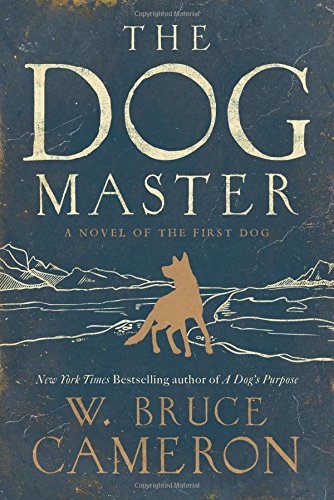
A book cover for The Dog Master: A Novel of the First Dog; W. Bruce Cameron; Literature & Fiction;